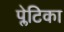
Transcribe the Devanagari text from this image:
प्लेटिका